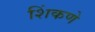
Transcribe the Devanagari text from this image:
शिंकणे